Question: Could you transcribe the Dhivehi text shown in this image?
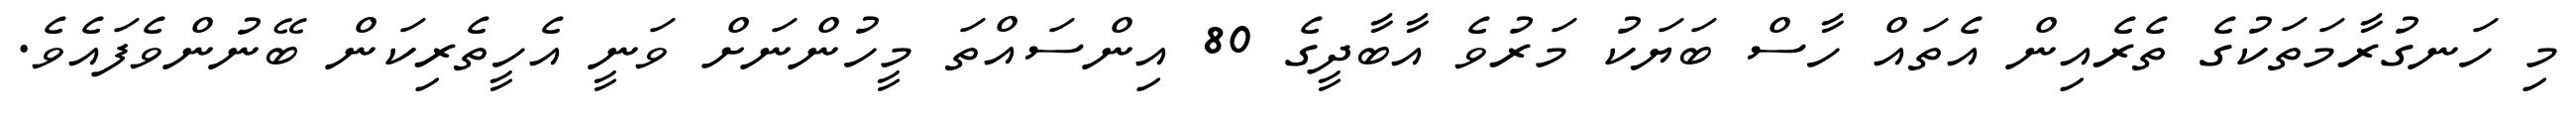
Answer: މި ހަނގުރާމަތަކުގެ ތެރެއިން އެތައް ހާސް ބަޔަކު މަރުވެ އާބާދީގެ 80 އިންސައްތަ މީހުންނަށް ވަނީ އެހީތެރިކަން ބޭނުންވެފައެވެ.